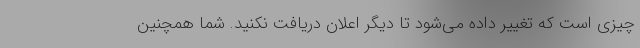
چیزی است که تغییر داده می‌شود تا دیگر اعلان دریافت نکنید. شما همچنین